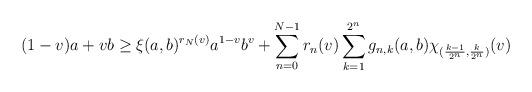
LaTeX: \begin{align*}(1-v)a+vb\geq\xi(a,b)^{r_{N}(v)}a^{1-v}b^{v}+\sum_{n=0}^{N-1}r_{n}(v)\sum_{k=1}^{2^{n}}g_{n,k}(a,b)\chi_{(\frac{k-1}{2^{n}},\frac{k}{2^{n}})}(v)\end{align*}